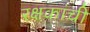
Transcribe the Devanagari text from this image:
रक्षकांची